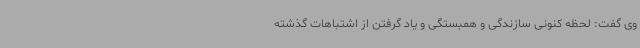
وی گفت: لحظه کنونی سازندگی و همبستگی و یاد گرفتن از اشتباهات گذشته